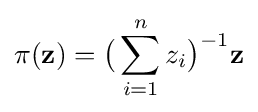
\pi (\mathbf {z} )={\bigl (}\sum _{i=1}^{n}z_{i}{\bigr )}^{-1}\mathbf {z}